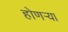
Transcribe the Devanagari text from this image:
होणऱ्या